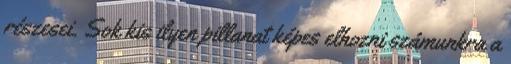
részesei. Sok kis ilyen pillanat képes elhozni számunkra a